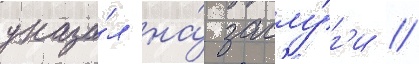
указа́л на́ заслу́г'и //